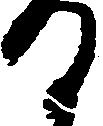
日